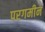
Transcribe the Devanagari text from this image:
परगमीन